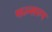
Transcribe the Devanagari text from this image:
फल्सरुप